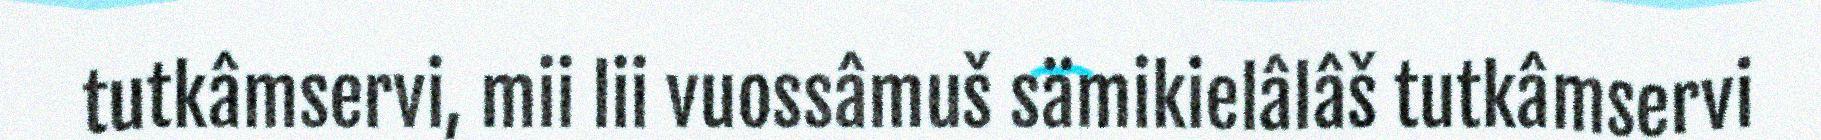
tutkâmservi, mii lii vuossâmuš sämikielâlâš tutkâmservi